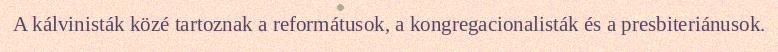
A kálvinisták közé tartoznak a reformátusok, a kongregacionalisták és a presbiteriánusok.